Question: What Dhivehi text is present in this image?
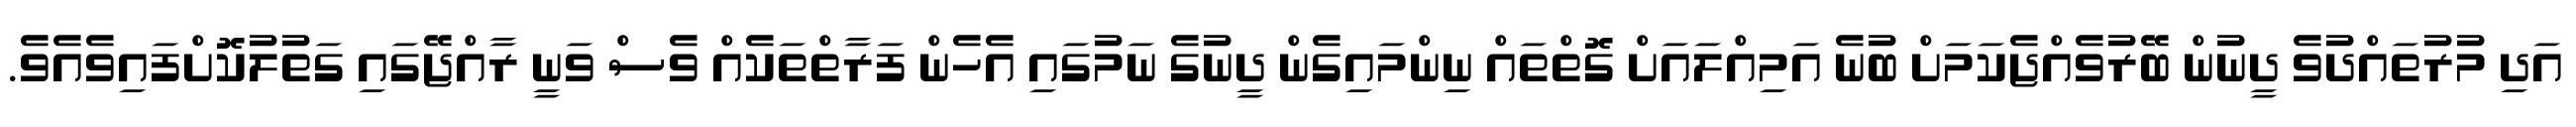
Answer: އަދި މުރުތައްދުވެ ދީނުން ބޭރުވެއްޖެކަމަށް ބުނެ އަމިއްލައަށް ގޮތްތައް ނިންމައިގެން ދީނުގެ ނަމުގައި އެހެން ފަރާތްތަކެއް ވެސް ވަނީ ރާއްޖޭގައި ގަތުލުކޮށްފައިވެއެވެ.